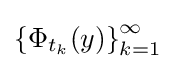
\left\{\Phi _{t_{k}}(y)\right\}_{k=1}^{\infty }